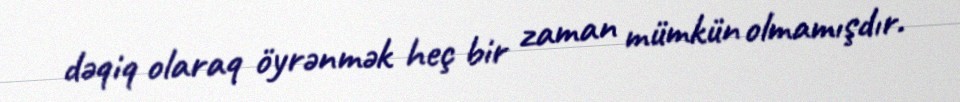
dəqiq olaraq öyrənmək heç bir zaman mümkün olmamışdır.